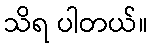
သိရ ပါတယ်။